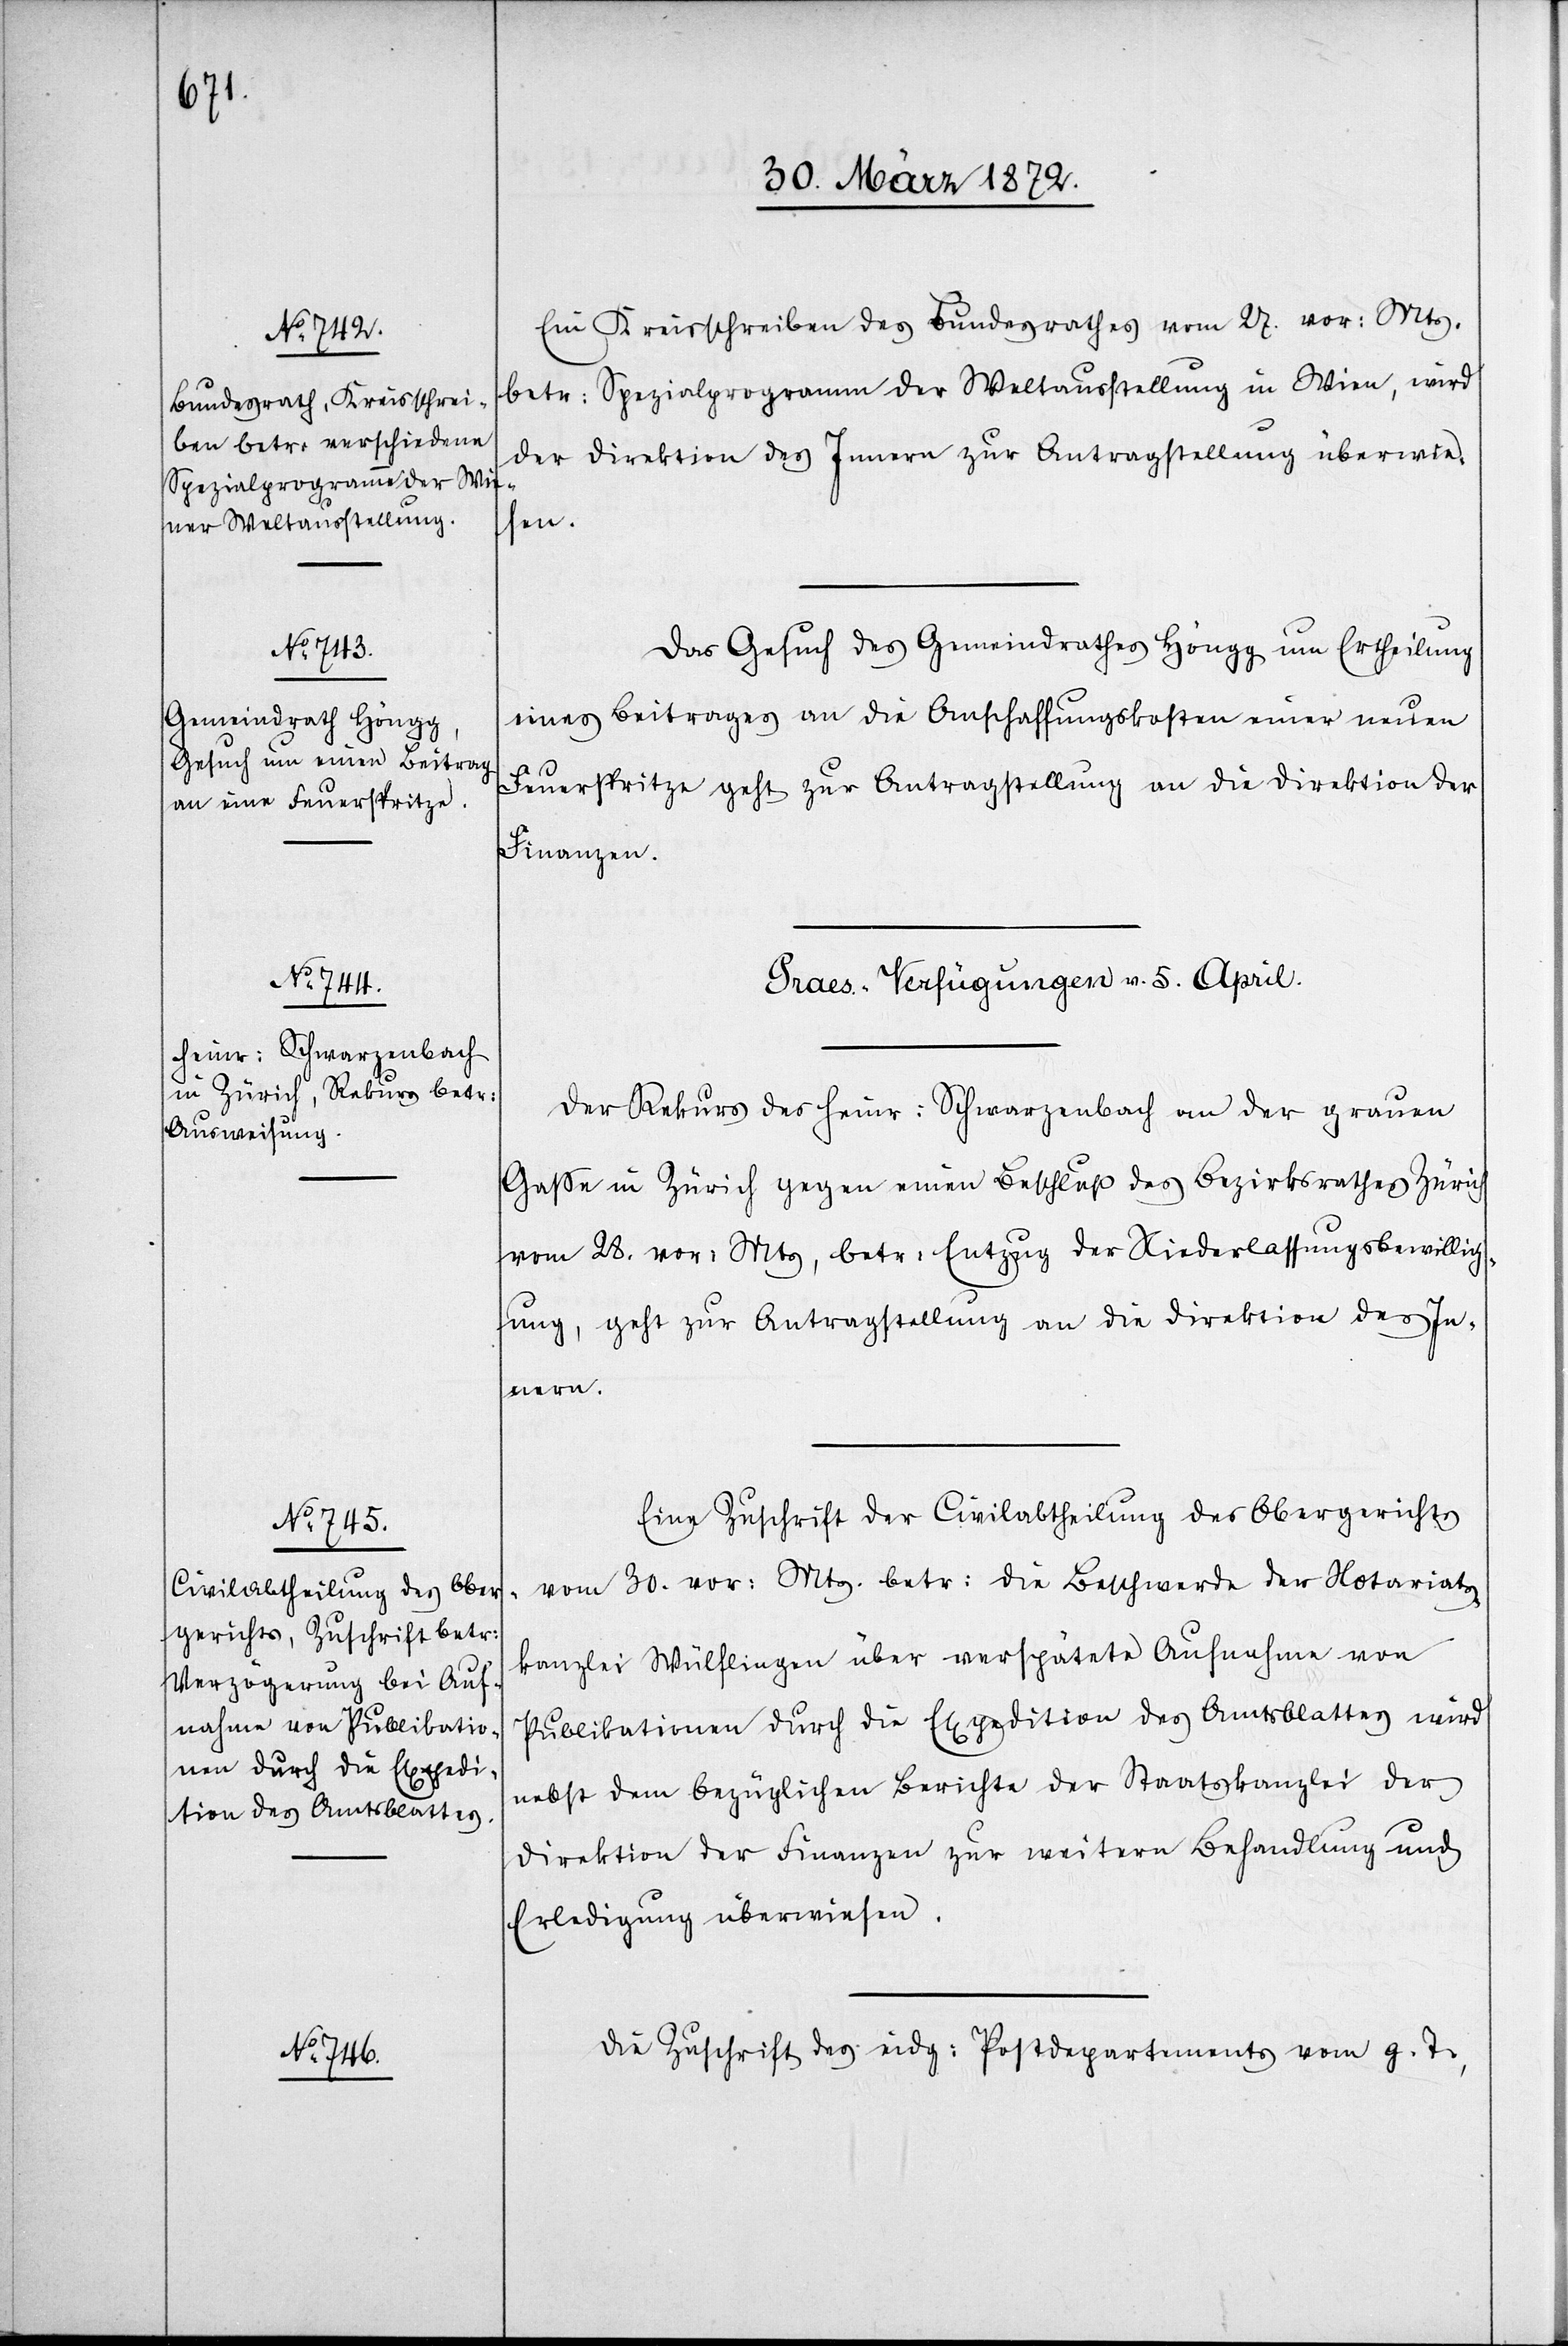
Ein Kreisschreiben des Bundesrathes vom 27. vor: Mts.
betr: Spezialprogramm der Weltausstellung in Wien, wird
der Direktion des Innern zur Antragstellung überwie¬
sen.
Das Gesuch des Gemeindrathes Höngg um Ertheilung
eines Beitrages an die Anschaffungskosten einer neuen
Feuerspritze geht zur Antragstellung an die Direktion der
Finanzen.
[Praes.-Verfügungen v. 5. April.]
Der Rekurs des Heinr: Schwarzenbach an der grauen
Gasse in Zürich gegen einen Beschluß des Bezirksrathes Zürich
vom 28. vor: Mts, betr: Entzug der Niederlassungsbewillig¬
ung, geht zur Antragstellung an die Direktion des In¬
nern.
Eine Zuschrift der Civilabtheilung des Obergerichts
vom 30. vor: Mts. betr: die Beschwerde der Notariats¬
kanzlei Wülflingen über verspätete Aufnahme von
Publikationen durch die Expedition des Amtsblattes wird
nebst dem bezüglichen Berichte der Staatskanzlei der
Direktion der Finanzen zur weitern Behandlung und
Erledigung überwiesen.
Die Zuschrift des eidg: Postdepartements vom g. T.,